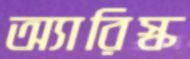
অ্যারিস্ক